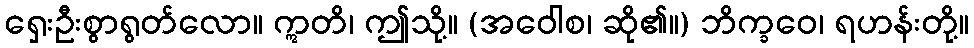
ရှေးဦးစွာရွတ်လော။ ဣတိ၊ ဤသို့။ (အဝေါစ၊ ဆို၏။) ဘိက္ခဝေ၊ ရဟန်းတို့။